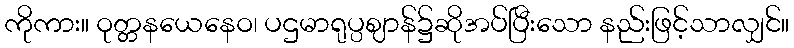
ကိုကား။ ဝုတ္တနယေနေဝ၊ ပဌမာရုပ္ပဈာန်၌ဆိုအပ်ပြီးသော နည်းဖြင့်သာလျှင်။